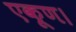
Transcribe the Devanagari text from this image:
एकूण।